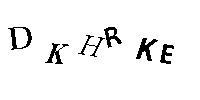
DKHRKE